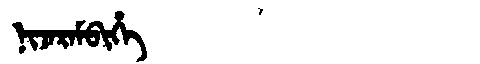
Manchu: ᠨᡳᠵᠠᡵᠠᠮᠪᡳᡥᡝ
Romanization: NIJARAMBIHE